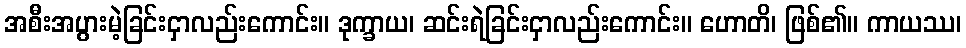
အစီးအပွားမဲ့ခြင်းငှာလည်းကောင်း။ ဒုက္ခာယ၊ ဆင်းရဲခြင်းငှာလည်းကောင်း။ ဟောတိ၊ ဖြစ်၏။ ကာယဿ၊